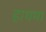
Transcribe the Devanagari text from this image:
हाथमा